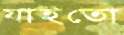
যাইতো